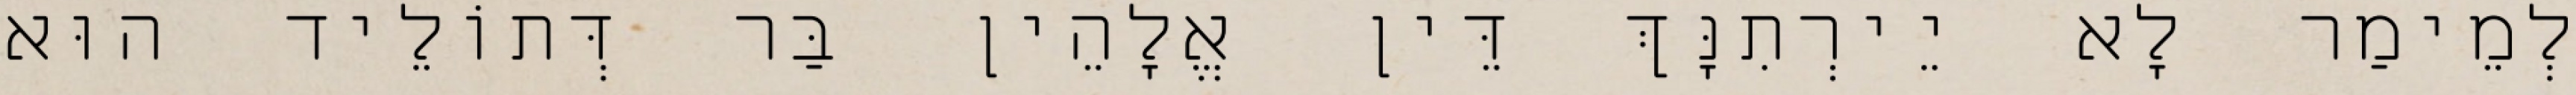
לְמֵימַר לָא יֵירְתִנָּךְ דֵּין אֱלָהֵין בַּר דְּתוֹלֵיד הוּא